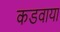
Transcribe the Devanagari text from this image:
कडवाया